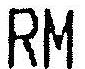
RM